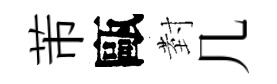
芾甌𭔹几